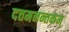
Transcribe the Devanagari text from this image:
दत्तमनन्तकम्